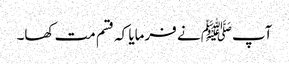
آپﷺ نے فرمایا کہ قسم مت کھا۔